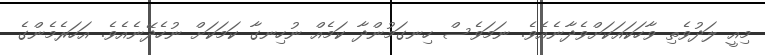
މިއީ ލަދުވެތި ވާހަކައަކަށްވެދާނެއެވެ. ނަމަވެސް ހިނގަމުންދާ ކަމެއް ނުހިނގާ ކަމަކަށް ނުހެދޭނެއެވެ. އަހަރެމެންގެ